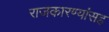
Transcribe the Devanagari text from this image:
राजकारण्यांसह